Civil Veterinary Dept. Assam report 1927-50 - 1927-1950
Year: 1927
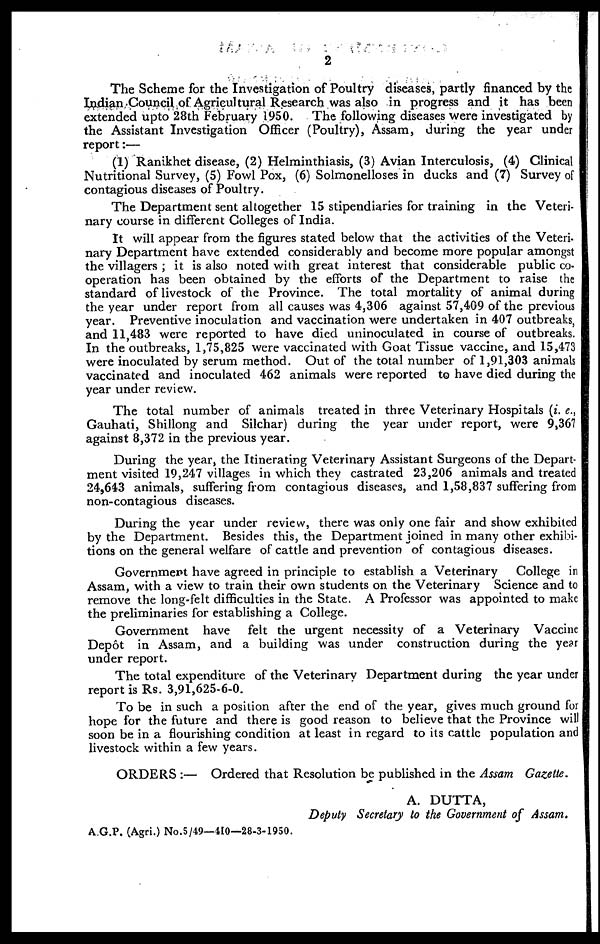
2
The Scheme for the Investigation of Poultry diseases, partly financed by the
Indian Council of Agricultural Research was also in progress and it has been
extended upto 28th February 1950. The following diseases were investigated by
the Assistant Investigation Officer (Poultry), Assam, during the year under
report:—
(1) Ranikhet disease, (2) Helminthiasis, (3) Avian Interculosis, (4) Clinical
Nutritional Survey, (5) Fowl Pox, (6) Solmonelloses in ducks and (7) Survey of
contagious diseases of Poultry.
The Department sent altogether 15 stipendiaries for training in the Veteri-
nary course in different Colleges of India.
It will appear from the figures stated below that the activities of the Veteri.
nary Department have extended considerably and become more popular amongst
the villagers ; it is also noted wiih great interest that considerable public co-
operation has been obtained by the efforts of the Department to raise the
standard of livestock of the Province. The total mortality of animal during
the year under report from all causes was 4,306 against 57,409 of the previous
year. Preventive inoculation and vaccination were undertaken in 407 outbreaks,
and 11,483 were reported to have died uninoculated in course of outbreaks.
In the outbreaks, 1,75,825 were vaccinated with Goat Tissue vaccine, and 15,473
were inoculated by serum method. Out of the total number of 1,91,303 animals
vaccinated and inoculated 462 animals were reported to have died during the
year under review.
The total number of animals treated in three Veterinary Hospitals (i. e.,
Gauhati, Shillong and Silchar) during the year under report, were 9,367
against 8,372 in the previous year.
During the year, the Itinerating Veterinary Assistant Surgeons of the Depart-
ment visited 19,247 villages in which they castrated 23,206 animals and treated
24,643 animals, suffering from contagious diseases, and 1,58,837 suffering from
non-contagious diseases.
During the year under review, there was only one fair and show exhibited
by the Department. Besides this, the Department joined in many other exhibi-
tions on the general welfare of cattle and prevention of contagious diseases.
Government have agreed in principle to establish a Veterinary
College in
Assam, with a view to train their own students on the Veterinary Science and to
remove the long-felt difficulties in the State. A Professor was appointed to make
the preliminaries for establishing a College.
Government have felt the urgent necessity of a Veterinary Vaccine
Depot in Assam, and a building was under construction during the year
under report.
The total expenditure of the Veterinary Department during the year under
report is Rs. 3,91,625-6-0.
To be in such a position after the end of the year, gives much ground for
hope for the future and there is good reason to believe that the Province will
soon be in a flourishing condition at least in regard to its cattle population and
livestock within a few years.
ORDERS :— Ordered that Resolution be published in the Assam Gazette.
A. DUTTA,
Deputy Secretary to the Government of Assam.
AG.P. (Agri.) No.5/49—410—28-3-1950.